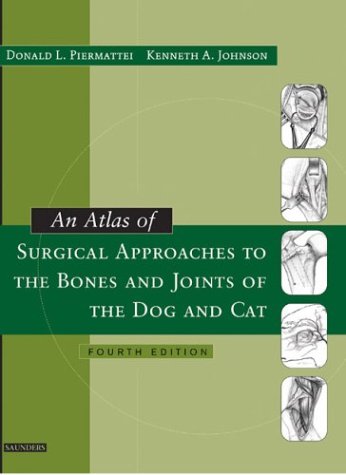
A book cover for An Atlas of Surgical Approaches to the Bones and Joints of the Dog and Cat, 4e; Donald Piermattei; Medical Books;